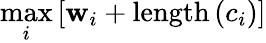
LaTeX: \operatorname*{max}_{i}\left[\mathbf{w}_{i}+\mathrm{{length}}\left(c_{i}\right)\right]